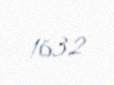
1632